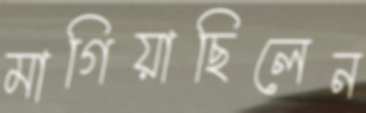
মাগিয়াছিলেন